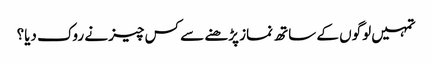
تمہیں لوگوں کے ساتھ نماز پڑھنے سے کس چیز نے روک دیا؟